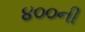
૪૦૦ની